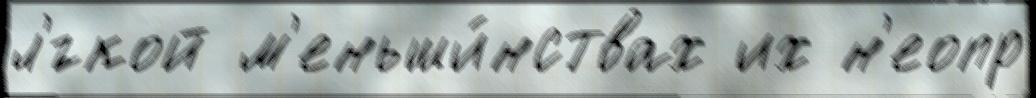
л'́гкой м'еньши́нствах их н'еопр